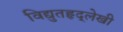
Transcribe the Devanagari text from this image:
विद्युतहृद्‌लेखी